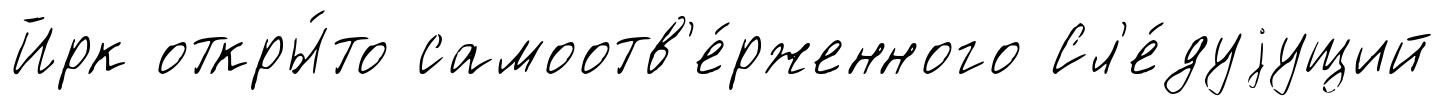
Йрк откры́то самоотв'е́рженного Сл'е́дуjущий